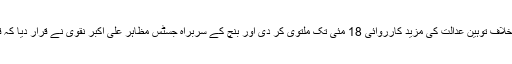
لاہور ہائیکورٹ کے فل بنچ نے ارکان اسمبلی کیخلاف توہین عدالت کی مزید کارروائی 18 مئی تک ملتوی کر دی اور بنچ کے سربراہ جسٹس مظاہر علی اکبر نقوی نے قرار دیا کہ قومی مفاد اور قانون کے تحفظ کیلئے موجود ہیں۔